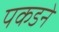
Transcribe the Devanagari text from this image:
पकडनें